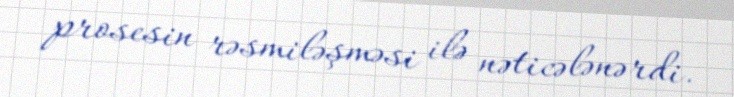
prosesin rəsmiləşməsi ilə nəticələnərdi.